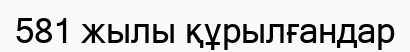
581 жылы құрылғандар